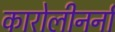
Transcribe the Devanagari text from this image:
कारोलीनर्ना